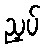
ညှပ်